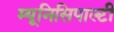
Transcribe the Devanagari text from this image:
म्यूनिसिपाल्टी